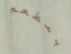
بمطعم